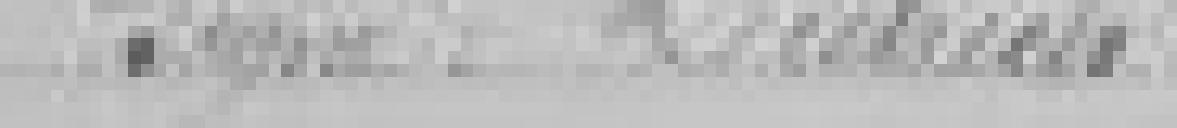
Signé : DIETRICH